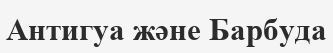
Антигуа және Барбуда